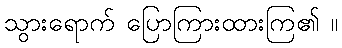
သွားရောက် ပြောကြားထားကြ၏ ။